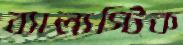
ব্যালাস্টিক